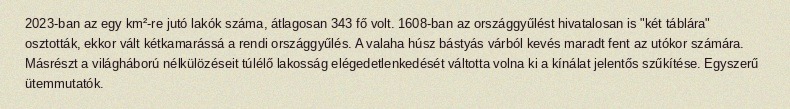
2023-ban az egy km²-re jutó lakók száma, átlagosan 343 fő volt. 1608-ban az országgyűlést hivatalosan is "két táblára" osztották, ekkor vált kétkamarássá a rendi országgyűlés. A valaha húsz bástyás várból kevés maradt fent az utókor számára. Másrészt a világháború nélkülözéseit túlélő lakosság elégedetlenkedését váltotta volna ki a kínálat jelentős szűkítése. Egyszerű ütemmutatók.